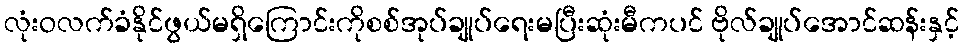
လုံးဝလက်ခံနိုင်ဖွယ်မရှိကြောင်းကိုစစ်အုပ်ချုပ်ရေးမပြီးဆုံးမီကပင် ဗိုလ်ချုပ်အောင်ဆန်းနှင့်